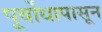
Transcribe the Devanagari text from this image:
पूर्वोधापासून